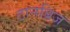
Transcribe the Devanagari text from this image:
टानब्रिज